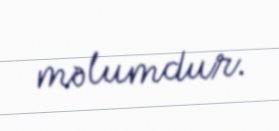
məlumdur.